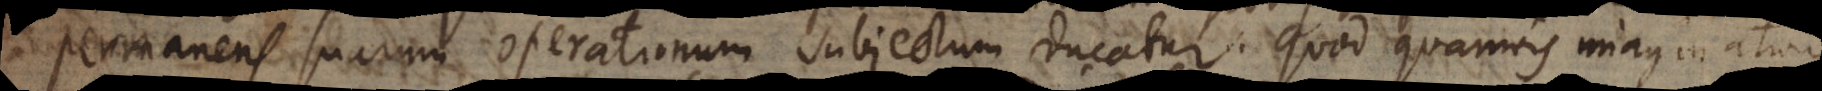
permanens suarum operationum subjectum ducatur. Quod quamvis imaginatione